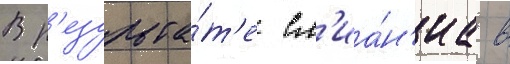
В р'езульта́т'е сл'иа́н'иа в